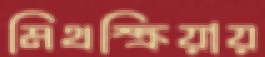
মিথস্ক্রিয়ায়